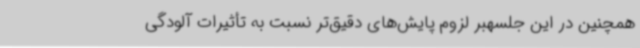
همچنین در این جلسهبر لزوم پایش‌های دقیق‌تر نسبت به تأثیرات آلودگی